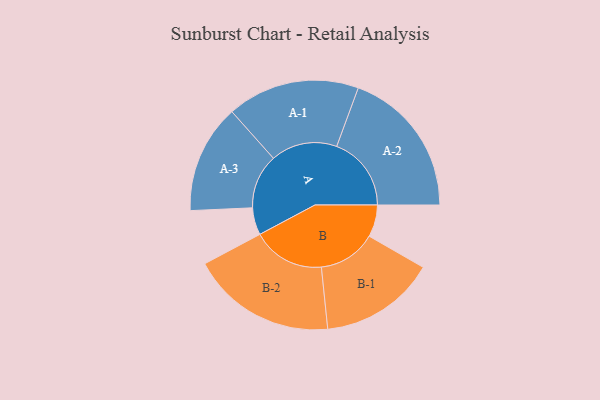
{"axis": {"x": "Segment", "y": "Value"}, "legend": ["", "A", "B"], "data": [{"x": "A", "y": 108, "type": ""}, {"x": "B", "y": 127, "type": ""}, {"x": "A-1", "y": 263, "type": "A"}, {"x": "A-2", "y": 296, "type": "A"}, {"x": "A-3", "y": 216, "type": "A"}, {"x": "B-1", "y": 230, "type": "B"}, {"x": "B-2", "y": 288, "type": "B"}]}